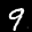
Label: 9